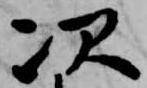
次